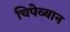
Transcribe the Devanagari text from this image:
चिपेव्यान